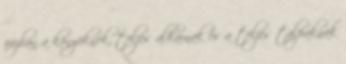
pózban a könyöknek, teljes alkarnak és a teljes talpaknak